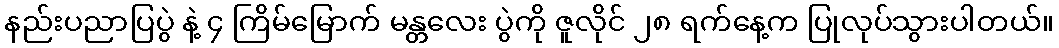
နည်းပညာပြပွဲ နဲ့ ၄ ကြိမ်မြောက် မန္တလေး ပွဲကို ဇူလိုင် ၂၈ ရက်နေ့က ပြုလုပ်သွားပါတယ်။